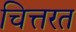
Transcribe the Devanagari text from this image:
चित्तरत